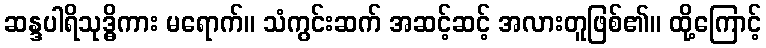
ဆန္ဒပါရိသုဒ္ဓိကား မရောက်။ သံကွင်းဆက် အဆင့်ဆင့် အလားတူဖြစ်၏။ ထို့ကြောင့်